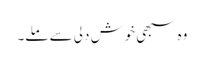
وہ سبھی خوش دلی سے ملے۔